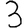
Digit: 3